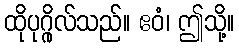
ထိုပုဂ္ဂိုလ်သည်။ ဧဝံ၊ ဤသို့။